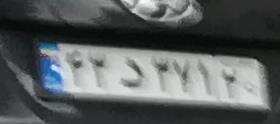
۴۳د۴۷۱۲۰